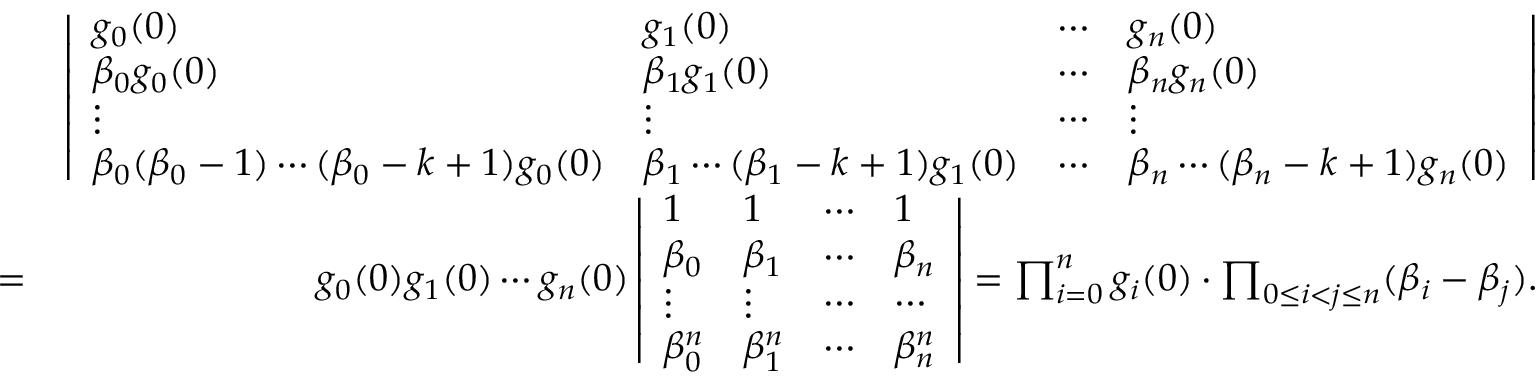
\begin{array} { r l r } & { } & { \left| \begin{array} { l l l l } { g _ { 0 } ( 0 ) } & { g _ { 1 } ( 0 ) } & { \cdots } & { g _ { n } ( 0 ) } \\ { \beta _ { 0 } g _ { 0 } ( 0 ) } & { \beta _ { 1 } g _ { 1 } ( 0 ) } & { \cdots } & { \beta _ { n } g _ { n } ( 0 ) } \\ { \vdots } & { \vdots } & { \cdots } & { \vdots } \\ { \beta _ { 0 } ( \beta _ { 0 } - 1 ) \cdots ( \beta _ { 0 } - k + 1 ) g _ { 0 } ( 0 ) } & { \beta _ { 1 } \cdots ( \beta _ { 1 } - k + 1 ) g _ { 1 } ( 0 ) } & { \cdots } & { \beta _ { n } \cdots ( \beta _ { n } - k + 1 ) g _ { n } ( 0 ) } \end{array} \right| } \\ & { = } & { g _ { 0 } ( 0 ) g _ { 1 } ( 0 ) \cdots g _ { n } ( 0 ) \left| \begin{array} { l l l l } { 1 } & { 1 } & { \cdots } & { 1 } \\ { \beta _ { 0 } } & { \beta _ { 1 } } & { \cdots } & { \beta _ { n } } \\ { \vdots } & { \vdots } & { \cdots } & { \cdots } \\ { \beta _ { 0 } ^ { n } } & { \beta _ { 1 } ^ { n } } & { \cdots } & { \beta _ { n } ^ { n } } \end{array} \right| = \prod _ { i = 0 } ^ { n } g _ { i } ( 0 ) \cdot \prod _ { 0 \le i < j \le n } ( \beta _ { i } - \beta _ { j } ) . } \end{array}